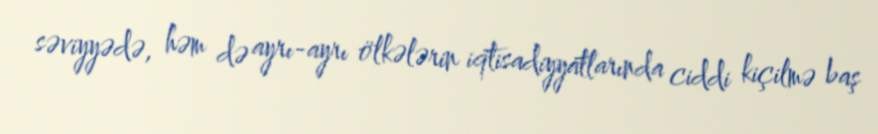
səviyyədə, həm də ayrı-ayrı ölkələrin iqtisadiyyatlarında ciddi kiçilmə baş